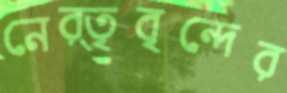
নের্তৃবৃন্দের